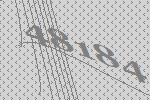
48184